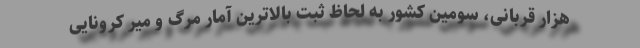
هزار قربانی، سومین کشور به لحاظ ثبت بالاترین آمار مرگ و میر کرونایی